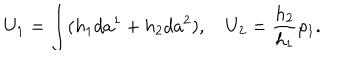
U _ { 1 } = \int ( h _ { 1 } d a ^ { 1 } + h _ { 2 } d a ^ { 2 } ) , \quad U _ { 2 } = \frac { h _ { 2 } } { h _ { 1 } } \rho _ { 1 } .